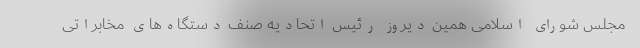
مجلس شورای اسلامی همین دیروز رئیس اتحادیه صنف دستگاه‌های مخابراتی